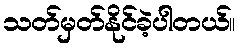
သတ်မှတ်နိုင်ခဲ့ပါတယ်။